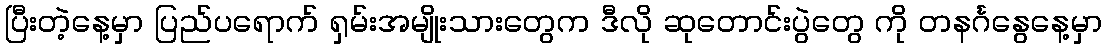
ပြီးတဲ့နေ့မှာ ပြည်ပရောက် ရှမ်းအမျိုးသားတွေက ဒီလို ဆုတောင်းပွဲတွေ ကို တနင်္ဂနွေနေ့မှာ